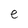
Character: e